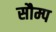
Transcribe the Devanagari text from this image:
सौम्प